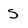
Character: S